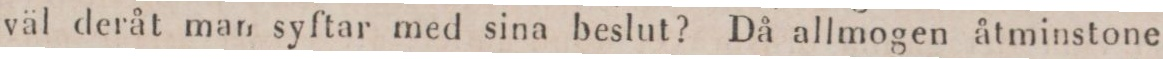
väl deråt man syftar med sina beslut? Då allmogen åtminstone